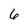
Character: 6